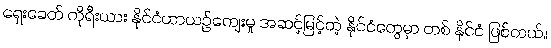
ရှေးခေတ် ကိုရီးယား နိုင်ငံဟာယဉ်ကျေးမှု အဆင့်မြင့်တဲ့ နိုင်ငံတွေမှာ တစ် နိုင်ငံ ဖြစ်တယ်။